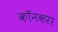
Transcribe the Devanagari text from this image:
कॉनकरर